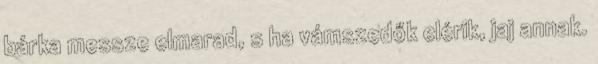
bárka messze elmarad, s ha vámszedők elérik, jaj annak.